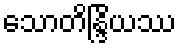
သောတိန္ဒြိယဿ